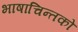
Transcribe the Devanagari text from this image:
भाषाचिन्तको